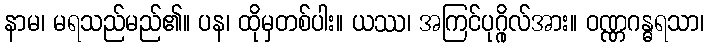
နာမ၊ မရသည်မည်၏။ ပန၊ ထိုမှတစ်ပါး။ ယဿ၊ အကြင်ပုဂ္ဂိုလ်အား။ ဝဏ္ဏဂန္ဓရသာ၊